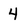
Character: 4